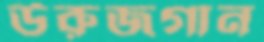
উরুজগান